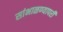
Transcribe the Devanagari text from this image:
सांभाळण्यापरी